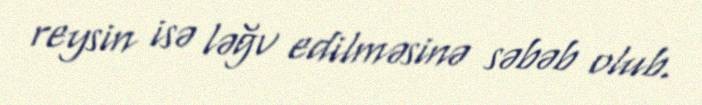
reysin isə ləğv edilməsinə səbəb olub.